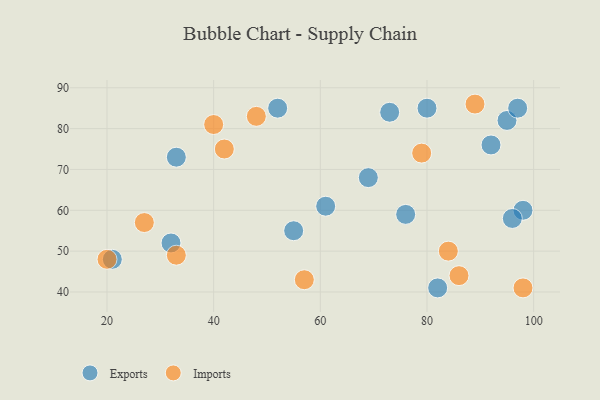
{"axis": {"x": "GDP", "y": "Life Expectancy"}, "legend": ["Exports", "Imports"], "data": [{"x": "80", "y": 85, "type": "Exports"}, {"x": "92", "y": 76, "type": "Exports"}, {"x": "69", "y": 68, "type": "Exports"}, {"x": "55", "y": 55, "type": "Exports"}, {"x": "73", "y": 84, "type": "Exports"}, {"x": "98", "y": 60, "type": "Exports"}, {"x": "76", "y": 59, "type": "Exports"}, {"x": "82", "y": 41, "type": "Exports"}, {"x": "61", "y": 61, "type": "Exports"}, {"x": "21", "y": 48, "type": "Exports"}, {"x": "96", "y": 58, "type": "Exports"}, {"x": "33", "y": 73, "type": "Exports"}, {"x": "32", "y": 52, "type": "Exports"}, {"x": "52", "y": 85, "type": "Exports"}, {"x": "95", "y": 82, "type": "Exports"}, {"x": "97", "y": 85, "type": "Exports"}, {"x": "42", "y": 75, "type": "Imports"}, {"x": "33", "y": 49, "type": "Imports"}, {"x": "20", "y": 48, "type": "Imports"}, {"x": "57", "y": 43, "type": "Imports"}, {"x": "27", "y": 57, "type": "Imports"}, {"x": "40", "y": 81, "type": "Imports"}, {"x": "86", "y": 44, "type": "Imports"}, {"x": "89", "y": 86, "type": "Imports"}, {"x": "84", "y": 50, "type": "Imports"}, {"x": "98", "y": 41, "type": "Imports"}, {"x": "48", "y": 83, "type": "Imports"}, {"x": "79", "y": 74, "type": "Imports"}]}